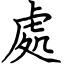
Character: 處